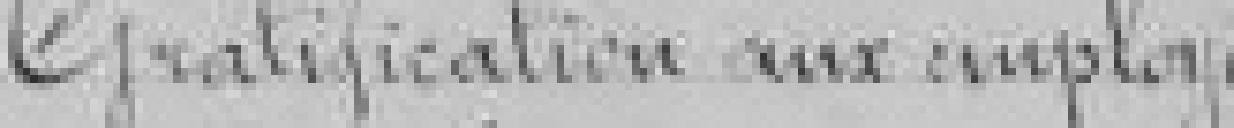
Gratification aux employés